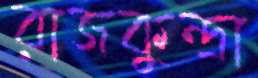
রাজকুন্দ্রা